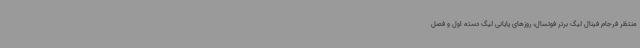
منتظر فرجام فینال لیگ برتر فوتسال، روزهای پایانی لیگ دسته اول و فصل